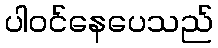
ပါဝင်နေပေသည်